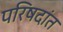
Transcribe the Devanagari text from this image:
परिषदांत